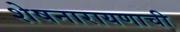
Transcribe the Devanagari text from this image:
शेषनारायणाची